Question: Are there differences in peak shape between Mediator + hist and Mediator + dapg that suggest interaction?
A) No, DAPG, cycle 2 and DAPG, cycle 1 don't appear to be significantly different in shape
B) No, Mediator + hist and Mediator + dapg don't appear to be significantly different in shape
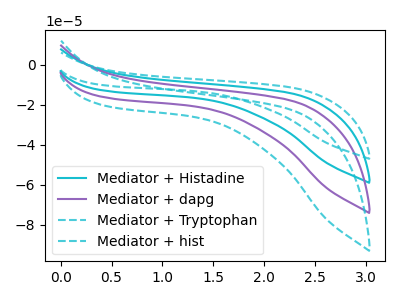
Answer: <think>The cyan curve "Mediator + Histadine" has no peaks. The purple curve "Mediator + dapg" has no peaks. The cyan dashed curve "Mediator + Tryptophan" has no peaks. The cyan dashed curve "Mediator + hist" has no peaks.
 Neither "Mediator + hist" or "Mediator + dapg" have any peaks.</think>
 <answer>B) No, "Mediator + hist" and "Mediator + dapg" don't appear to be significantly different in shape</answer>
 <eval>B</eval>